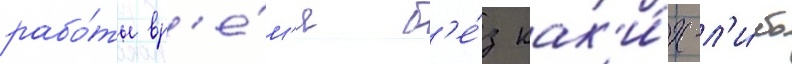
рабо́ты вр'е́м'я б'е́з как'и́х-л'и́бо